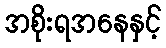
အစိုးရအနေနှင့်